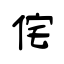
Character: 侘